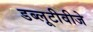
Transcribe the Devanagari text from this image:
डब्लूटीवीजे